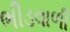
ભીડવાળી